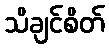
သိချင်စိတ်